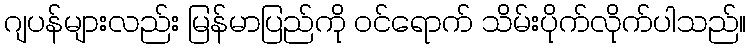
ဂျပန်များလည်း မြန်မာပြည်ကို ဝင်ရောက် သိမ်းပိုက်လိုက်ပါသည်။